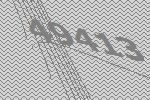
49413